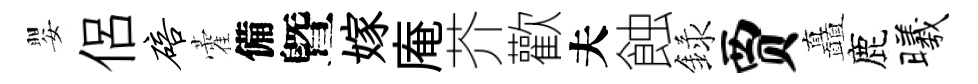
嬰侶碚藿備曁嫁庵芥歡夫蝕録贾矗鹿曦